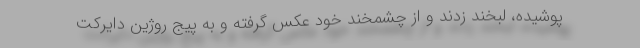
پوشیده، لبخند زدند و از چشمخند خود عکس گرفته و به پیج روژین دایرکت